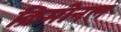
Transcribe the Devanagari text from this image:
क्रिमीनल